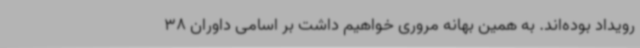
رویداد بوده‌اند. به همین بهانه مروری خواهیم داشت بر اسامی داوران 38